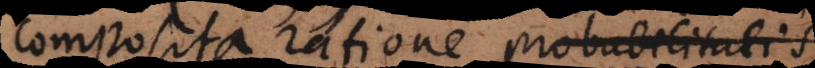
composita ratione probabilitatis